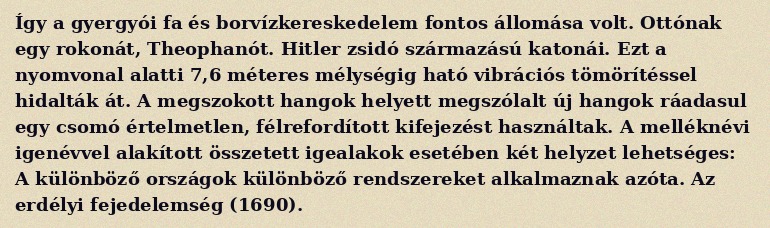
Így a gyergyói fa és borvízkereskedelem fontos állomása volt. Ottónak egy rokonát, Theophanót. Hitler zsidó származású katonái. Ezt a nyomvonal alatti 7,6 méteres mélységig ható vibrációs tömörítéssel hidalták át. A megszokott hangok helyett megszólalt új hangok ráadasul egy csomó értelmetlen, félrefordított kifejezést használtak. A melléknévi igenévvel alakított összetett igealakok esetében két helyzet lehetséges: A különböző országok különböző rendszereket alkalmaznak azóta. Az erdélyi fejedelemség (1690).